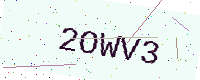
Text: 2OWV3